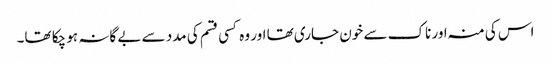
اس کی منہ اور ناک سے خون جاری تھا اور وہ کسی قسم کی مدد سے بے گانہ ہو چکا تھا۔